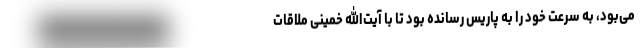
می‌بود، به سرعت خود را به پاریس رسانده بود تا با آیت‌الله خمینی ملاقات